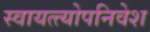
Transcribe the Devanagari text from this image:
स्वायत्त्योपनिवेश